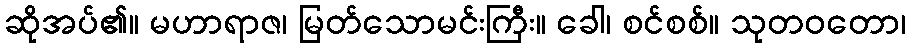
ဆိုအပ်၏။ မဟာရာဇ၊ မြတ်သောမင်းကြီး။ ခေါ၊ စင်စစ်။ သုတဝတော၊